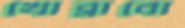
খোব্‌লাবো